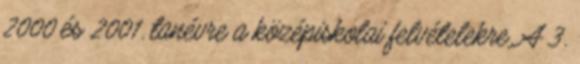
2000 és 2001. tanévre a középiskolai felvételekre. A 3.